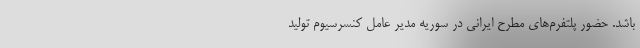
باشد. حضور پلتفرم‌‌های مطرح ایرانی در سوریه مدیر عامل کنسرسیوم تولید